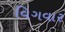
વિગવાર